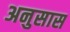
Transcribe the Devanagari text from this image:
अनुसास